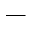
-